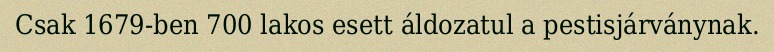
Csak 1679-ben 700 lakos esett áldozatul a pestisjárványnak.